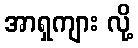
အာရှကျား လို့